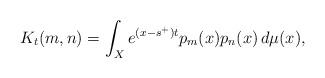
LaTeX: \begin{align*}K_t(m,n)=\int_X e^{(x-s^{+})t}p_m(x)p_n(x)\, d\mu(x),\end{align*}